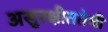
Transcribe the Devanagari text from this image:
असुरक्षीततेची